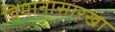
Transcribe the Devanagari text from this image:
विमानासारखा